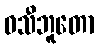
ဝသီဘူတော